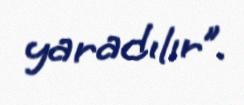
yaradılır”.